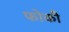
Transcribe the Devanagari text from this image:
फोकी